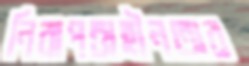
নিরাপত্তাহীনতার